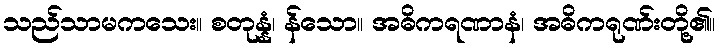
သည်သာမကသေး။ စတုန္နံ၊ န်သော။ အဓိကရဏာနံ၊ အဓိကရုဏ်းတို့၏။